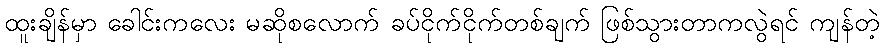
ထူးချိန်မှာ ခေါင်းကလေး မဆိုစလောက် ခပ်ငိုက်ငိုက်တစ်ချက် ဖြစ်သွားတာကလွဲရင် ကျန်တဲ့